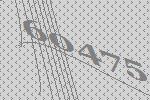
60475